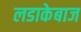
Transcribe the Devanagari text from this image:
लडाकेबाज